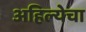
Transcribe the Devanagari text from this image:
अहिल्येचा